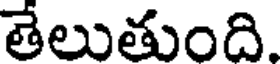
తేలుతుంది.